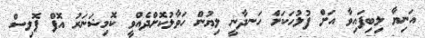
އަނިޔާ ލިބިފައިވާ އަށް ފުލުހަކަށް ހަނދާނީ ލިޔުން ހަވާލުކޮށްދެއްވީ ކޮމިޝަނަރު އޮފް ޕޮލިސް